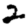
Digit: 2